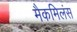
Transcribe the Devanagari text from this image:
मैकमिलंस